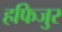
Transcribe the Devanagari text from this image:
हफिजुर